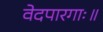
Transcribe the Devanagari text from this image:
वेदपारगाः॥